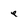
Character: e